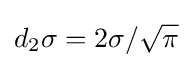
d_{2}\sigma =2\sigma /{\sqrt {\pi }}